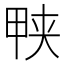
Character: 𱰱